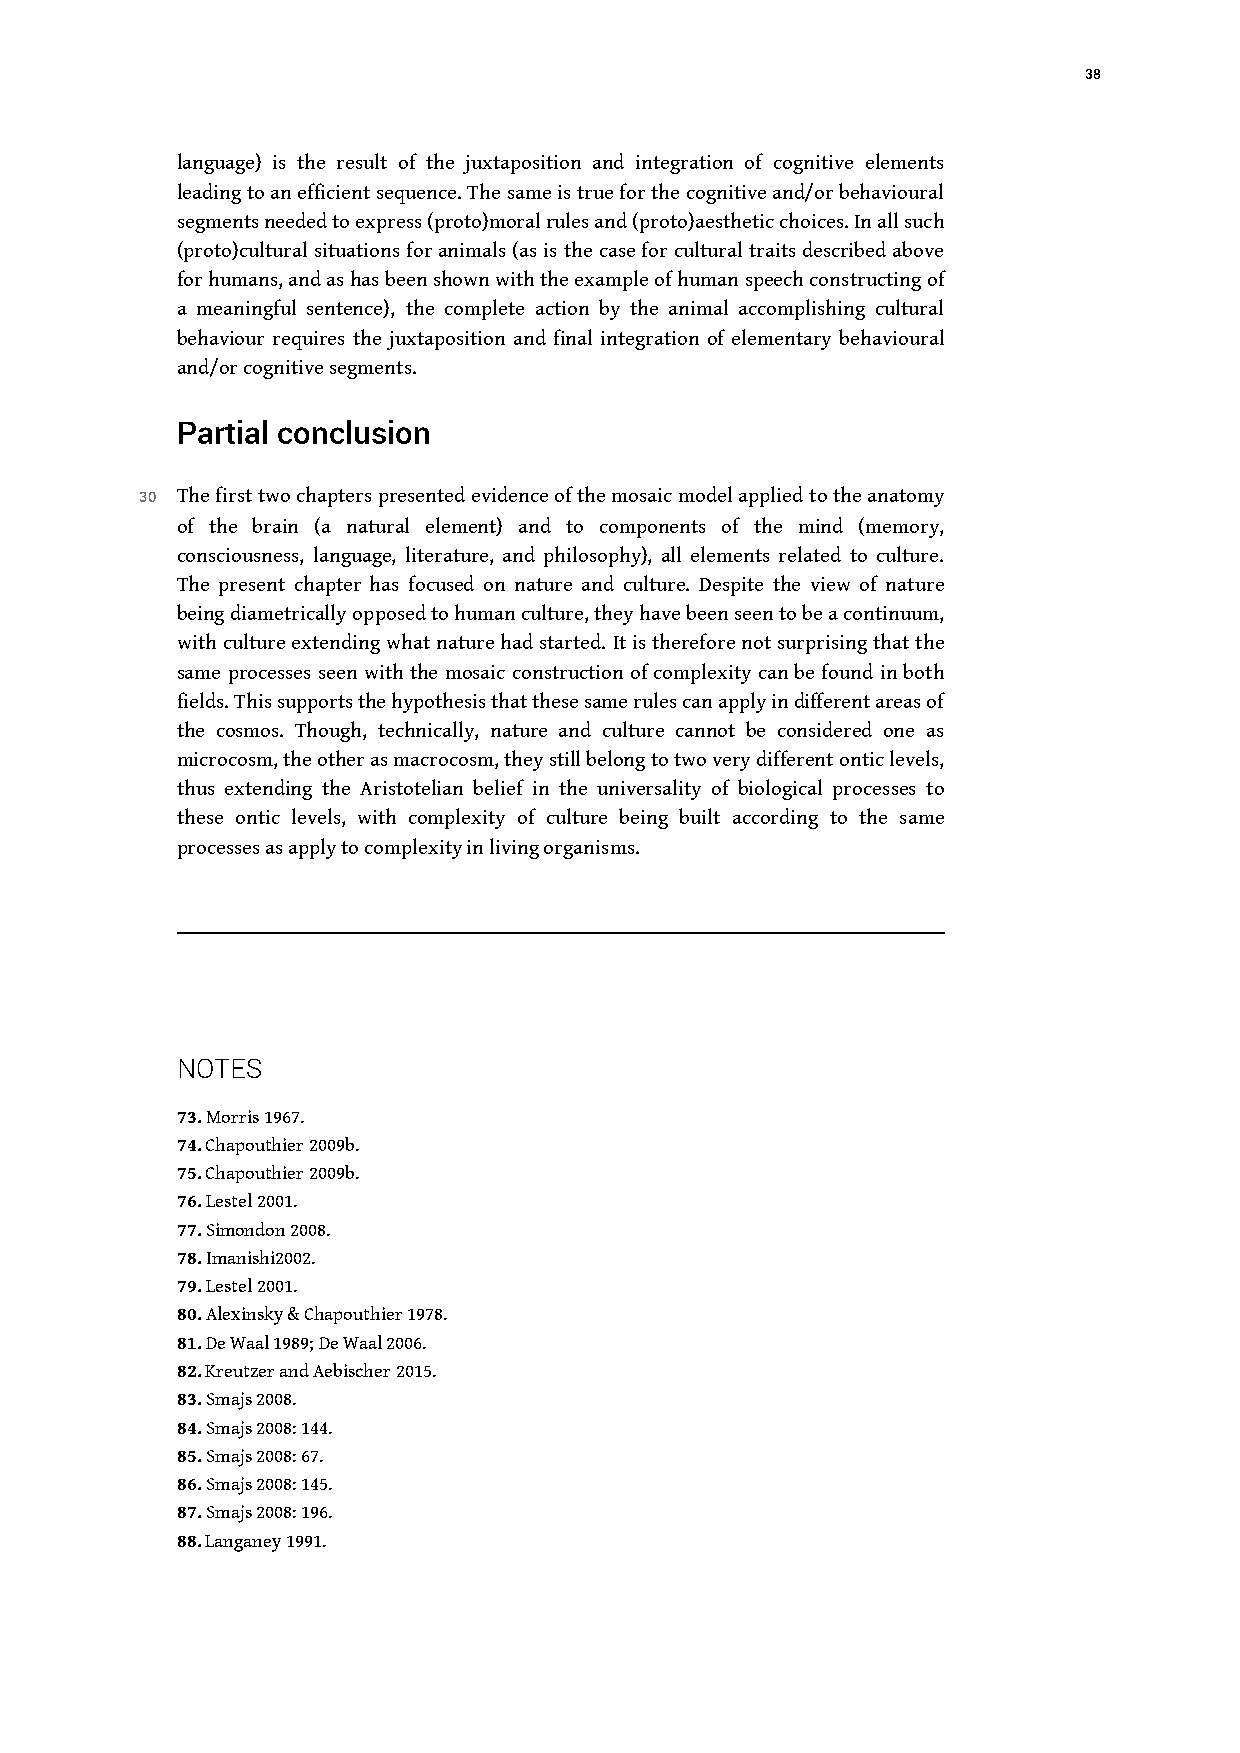
38
 language) is the result of the juxtaposition and integration of cognitive elements
 leading to an efficient sequence. The same is true for the cognitive and/or behavioural
 segments needed to express (proto)moral rules and (proto)aesthetic choices. In all such
 (proto)cultural situations for animals (as is the case for cultural traits described above
 for humans, and as has been shown with the example of human speech constructing of
 a meaningful sentence), the complete action by the animal accomplishing cultural
 behaviour requires the juxtaposition and final integration of elementary behavioural
 and/or cognitive segments.
 Partial conclusion
 30 The first two chapters presented evidence of the mosaic model applied to the anatomy
 of the brain (a natural element) and to components of the mind (memory,
 consciousness, language, literature, and philosophy), all elements related to culture.
 The present chapter has focused on nature and culture. Despite the view of nature
 being diametrically opposed to human culture, they have been seen to be a continuum,
 with culture extending what nature had started. It is therefore not surprising that the
 same processes seen with the mosaic construction of complexity can be found in both
 fields. This supports the hypothesis that these same rules can apply in different areas of
 the cosmos. Though, technically, nature and culture cannot be considered one as
 microcosm, the other as macrocosm, they still belong to two very different ontic levels,
 thus extending the Aristotelian belief in the universality of biological processes to
 these ontic levels, with complexity of culture being built according to the same
 processes as apply to complexity in living organisms.
 NOTES
 73. Morris 1967.
 74. Chapouthier 2009b.
 75. Chapouthier 2009b.
 76. Lestel 2001.
 77. Simondon 2008.
 78. Imanishi2002.
 79. Lestel 2001.
 80. Alexinsky & Chapouthier 1978.
 81. De Waal 1989; De Waal 2006.
 82. Kreutzer and Aebischer 2015.
 83. Smajs 2008.
 84. Smajs 2008: 144.
 85. Smajs 2008: 67.
 86. Smajs 2008: 145.
 87. Smajs 2008: 196.
 88. Langaney 1991.